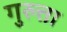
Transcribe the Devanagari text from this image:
गुरुत्ता